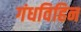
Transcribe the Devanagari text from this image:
गंधविहिन